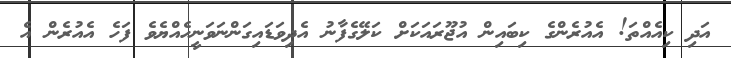
އަދި ކިއެއްތަ! އެއުރެންގެ ކިބައިން އުޖޫރައަކަށް ކަލޭގެފާނު އެދިވަޑައިގަންނަވަނީހެއްޔެވެ ފަހެ އެއުރެން އެ